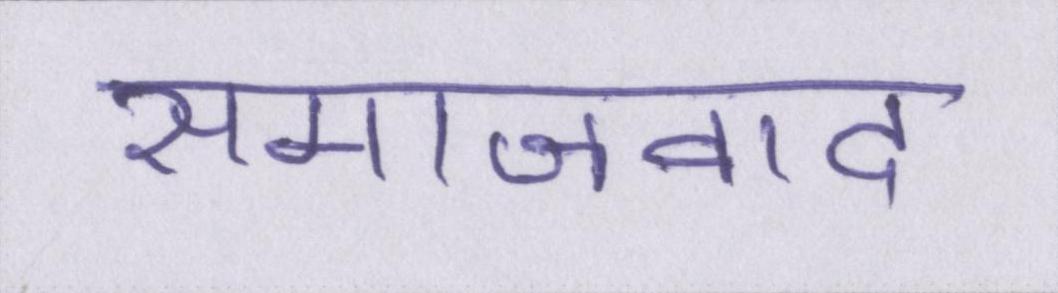
समाजवाद